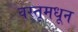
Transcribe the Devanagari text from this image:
वस्तूमधून